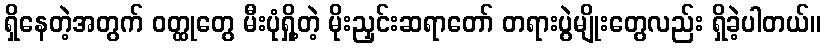
ရှိနေတဲ့အတွက် ဝတ္ထုတွေ မီးပုံရှို့တဲ့ မိုးညှင်းဆရာတော် တရားပွဲမျိုးတွေလည်း ရှိခဲ့ပါတယ်။